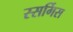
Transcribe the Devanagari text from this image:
स्सर्गिस